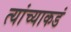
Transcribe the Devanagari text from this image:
त्यांच्याकडं